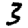
Digit: 3